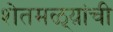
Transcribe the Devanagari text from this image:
शेतमळ्य़ांची